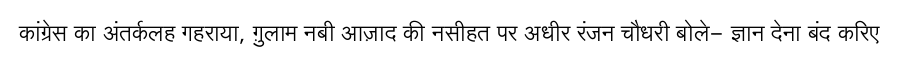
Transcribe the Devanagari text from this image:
कांग्रेस का अंतर्कलह गहराया, ग़ुलाम नबी आज़ाद की नसीहत पर अधीर रंजन चौधरी बोले- ज्ञान देना बंद करिए